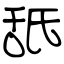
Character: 舐